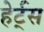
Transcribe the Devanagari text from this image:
हेर्ट्‌स